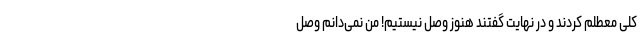
کلی معطلم کردند و در نهایت گفتند هنوز وصل نیستیم! من نمی‌دانم وصل